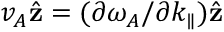
v _ { A } \hat { \mathbf { z } } = ( \partial \omega _ { A } / \partial k _ { \parallel } ) \hat { \mathbf { z } }